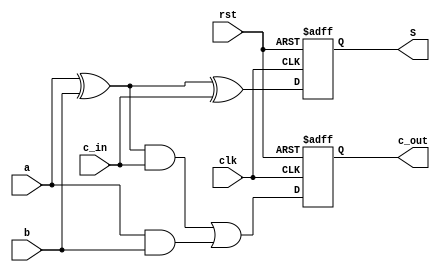
`timescale 1ns / 1ps
//////////////////////////////////////////////////////////////////////////////////
// Company: 
// Engineer: 
// 
// Design Name: 
// Module Name:    serial_ful_adder 
// Project Name: 
// Target Devices: 
// Tool versions: 
// Description: 
//
// Dependencies: 
//
// Revision: 
// Revision 0.01 - File Created
// Additional Comments: 
//
//////////////////////////////////////////////////////////////////////////////////
module serial_full_adder(clk,rst,a,b,c_in,S,c_out);
input a,b,c_in,clk,rst;
output reg S;
output reg c_out;
wire p;
assign p = a^b;
always@(posedge clk or posedge rst)
begin
if(rst)
begin
S <= 1'd0;
c_out <= 1'd0;
end
else
begin
S <= p^c_in;
c_out <= (p&c_in)|(a&b);
end
end
endmodule